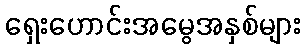
ရှေးဟောင်းအမွေအနှစ်များ